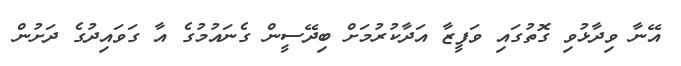
އޭނާ ވިދާޅުވި ގޮތުގައި ވަފީޒާ އަދާކުރުމަށް ބިދޭސީން ގެނައުމުގެ އާ ގަވައިދުގެ ދަށުން